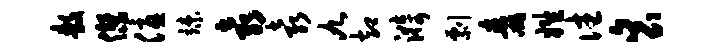
敖杰优竦袁袁九却漪剽毒姓往衮